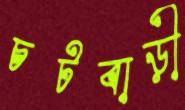
চটবাড়ী